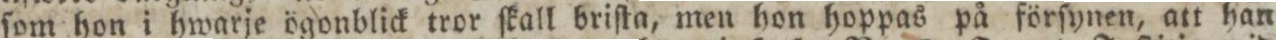
ſom hon i hwarje ögonblick tror ſkall briſta, men hon hoppas på förſynen, att han